Language: tamil
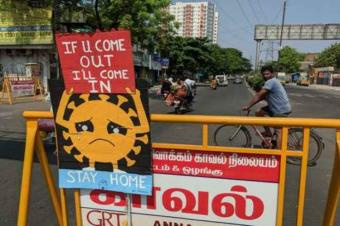
Transcription: வாக்கம் காவல் வல் நிலையம்